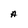
Character: A